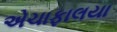
એચાફાલયા